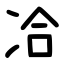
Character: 冾